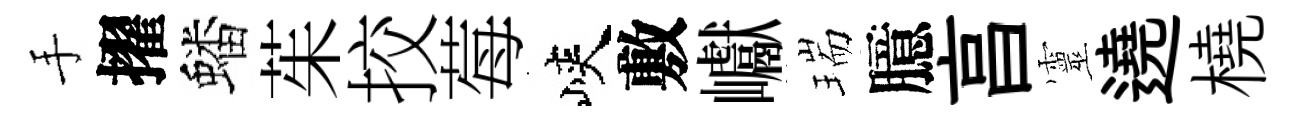
手擢蟠茱挍莓峽敷巘瑞臆亯靈遶橈